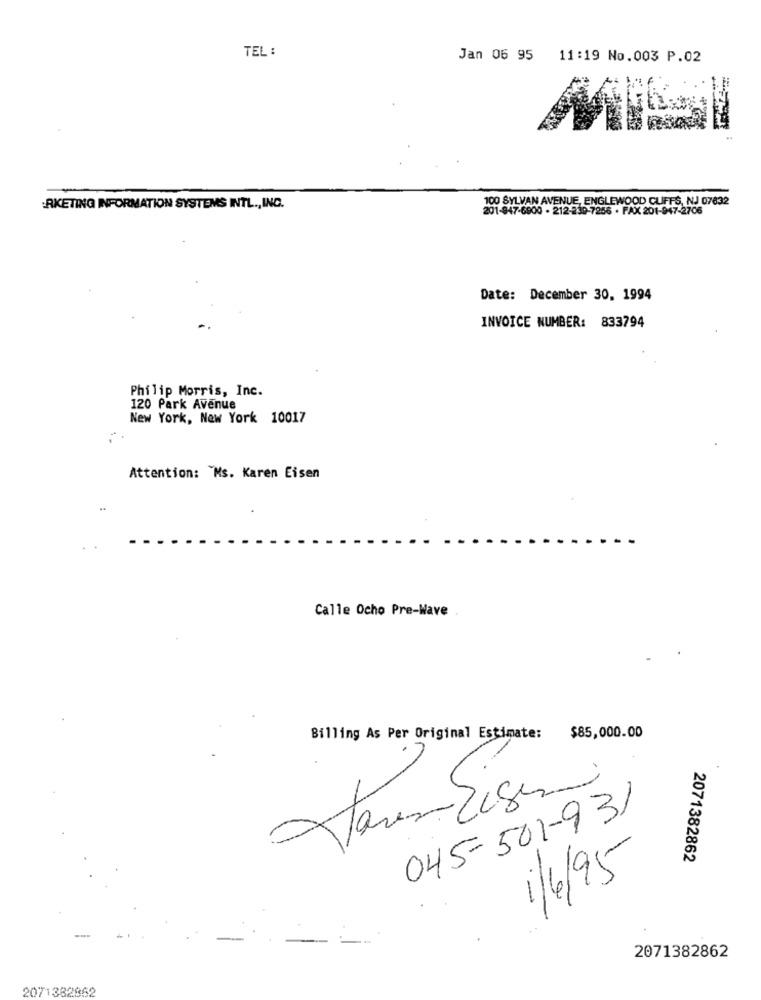
TEL :
Jan 06 95 11:19 No.003 P.02
100 SYLVAN AVENUE, ENGLEWOOD CLIFFS, NJ 07832
RKETING INFORMATION SYSTEMS INTL ., INC.
201-947-6900 - 212-230-7256 - FAX 201-947-2706
Date: December 30, 1994
INVOICE NUMBER: 833794
Philip Morris, Inc.
120 Park Avenue
New York, New York 10017
Attention: Ms. Karen Eisen
Calle Ocho Pre-Wave
Billing As Per Original Estimate:
$85,000.00
045-501-931
2071382862
1/6/95
2071382862
2071382862